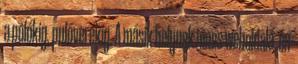
a pólókig, pulóverekig. A másik helynek nincs weboldala, én